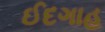
ઈદગાહ